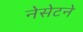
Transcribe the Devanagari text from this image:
नेसेटने